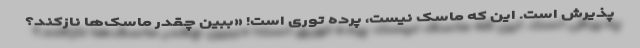
پذیرش است. این که ماسک نیست، پرده توری است! «ببین چقدر ماسک‌ها نازکند؟